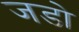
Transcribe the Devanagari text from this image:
जडो